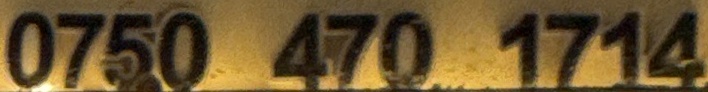
0750  470  1714